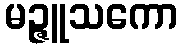
မဉ္ဇူသကော